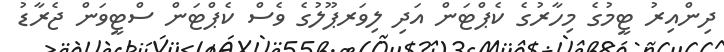
ދިންއިރު ޓީމުގެ މިހާރުގެ ކެޕްޓަން އަދި ލިވަރޕޫލުގެ ވެސް ކެޕްޓަން ސްޓީވަން ޖެރާޑު